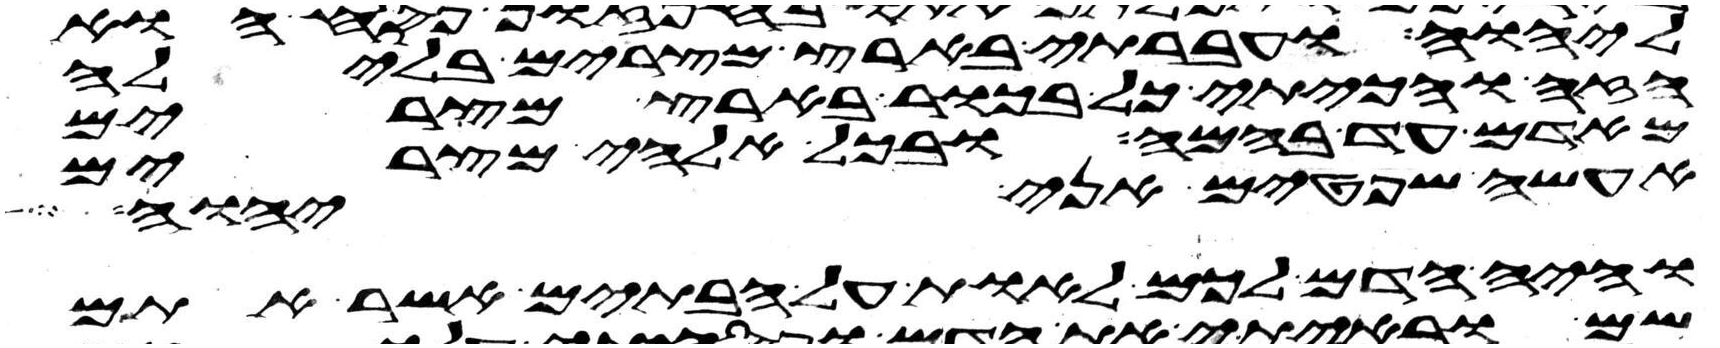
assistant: ליהוה ועברתי בארץ מצרים בלילה
הזה והכיתי כל בכור בארץ מצרים
מאדם עד בהמה ובכל אלהי מצרים
אעשה שפטים אני יהוה
והיה הדם לכם לאות על הבתים אשר אתם